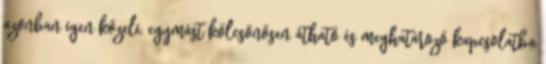
azonban igen közeli, egymást kölcsönösen átható és meghatározó kapcsolatba